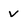
Character: v